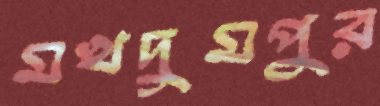
মখদুমপুর